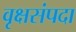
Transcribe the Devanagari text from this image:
वृक्षसंपदा